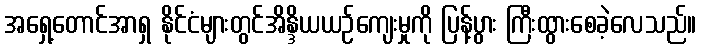
အရှေ့တောင်အာရှ နိုင်ငံများတွင်အိန္ဒိယယဉ်ကျေးမှုကို ပြန့်ပွား ကြီးထွားစေခဲ့လေသည်။